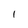
Character: 1